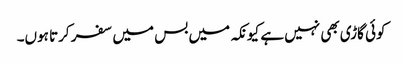
کوئی گاڑی بھی نہیں ہے کیونکہ میں بس میں سفر کرتا ہوں۔